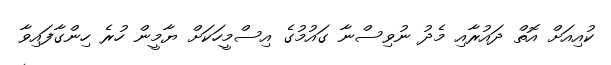
ކުއިއަށް އޮތް ދައުރާއި މެދު ނުވިސްނާ ގައުމުގެ އިސްމީހަކަށް ޔާމީން ހުރެ ހިންގާފައިވާ